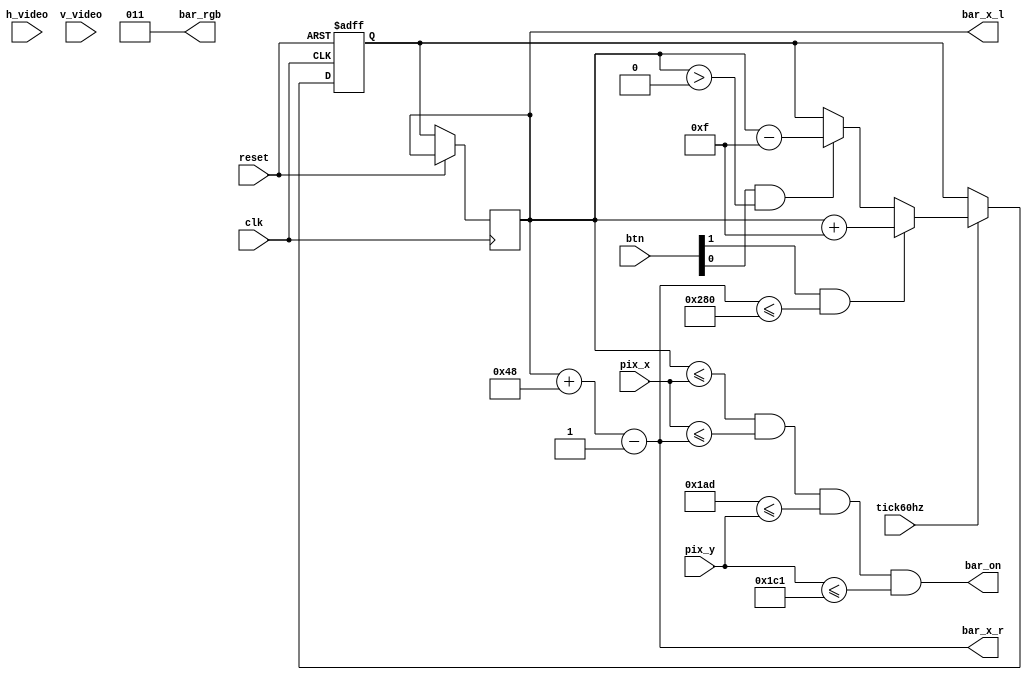
`timescale 1ns / 1ps
//////////////////////////////////////////////////////////////////////////////////
// Company: 
// Engineer: 
// 
// Design Name: 
// Module Name: ball_animate
// Project Name: 
// Target Devices: 
// Tool Versions: 
// Description: 
// 
// Dependencies: 
// 
// Revision:
// Revision 0.01 - File Created
// Additional Comments:
// 
//////////////////////////////////////////////////////////////////////////////////


module bar_animate(clk,
                   reset,
                   btn,
                   h_video,
                   v_video,
                   tick60hz,
                   pix_x,
                   pix_y,
                   bar_x_l,
                   bar_x_r,
                   bar_rgb,
                   bar_on);

input  clk, reset, tick60hz, h_video, v_video;
input  [1:0] btn;
input [9:0] pix_x, pix_y;
output wire bar_on;
output wire [2:0] bar_rgb; 
output wire [9:0] bar_x_l, bar_x_r;

// constant and signal declaration
// x, y coordinates (0,0) to (639,479)
   localparam MIN_X = 0;
   localparam MAX_X = 640;
   localparam MAX_Y = 480;
//--------------------------------------------
// right vertical bar
//--------------------------------------------
// bar top, bottom boundary. 
   localparam BAR_Y_T = 429;
   localparam BAR_Y_B = 449;
// bar top length
   localparam BAR_X_SIZE = 72;
// register to track left boundary  (y position is fixed)
   reg [9:0] bar_x_reg, bar_x_next;
   
 // bar moving velocity when a button is pressed
   localparam BAR_V = 15;
   
   // boundary
   assign bar_x_l = bar_x_reg;
   assign bar_x_r = bar_x_l + BAR_X_SIZE - 1;
   // pixel within bar
   assign bar_on = (bar_x_l<=pix_x) && (pix_x<=bar_x_r) &&
                   (BAR_Y_T<=pix_y) && (pix_y<=BAR_Y_B);
   // bar rgb output
   assign bar_rgb = 3'b011; 
   // new bar x-position
   always @(posedge clk, posedge reset) begin 
        if (reset) begin  
            bar_x_next <= 240;
        end 
       else begin 
        bar_x_reg <= bar_x_next; // no move
         if (tick60hz) begin 
            if (btn[1] & (bar_x_r <= MAX_X))
                bar_x_next = bar_x_reg + BAR_V; // move right
            else if (btn[0] & (bar_x_l > MIN_X))
                bar_x_next = bar_x_reg - BAR_V; // move left
        end 
      end 
    end  
endmodule